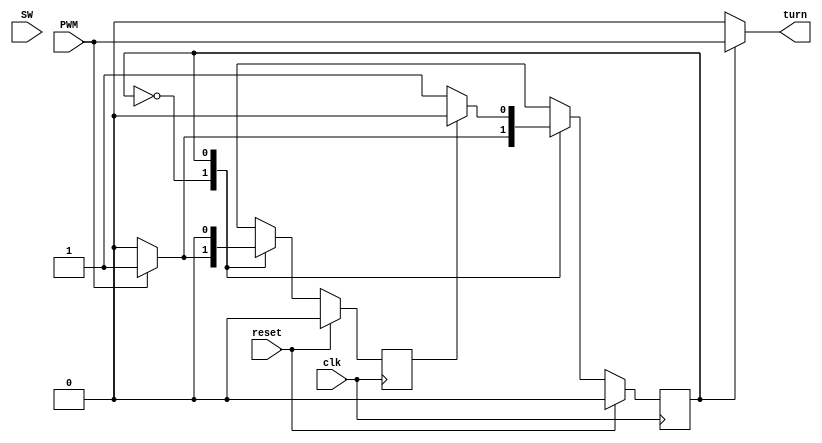
//This .v file is to handle the Servo motor task.
//SG90 datasheet: 50 HZ 
    //  Power:4.8-5 V.
/*
    0 degree : 1.5ms pulse.
    +90(Right): 2 ms
    -90(Left): -1 ms
*/

//1/50 = 0.02s = 20ms. so 2 ms means 2/20 = 1/10 duty cycle (10%)

module Servo(
    input wire clk,
    input wire reset,
    input [10-1:0]SW,
	input PWM,
    output turn //connect to signal.
);

parameter IDLE = 1'b0;
parameter MOVING = 1'b1;
reg state, next_state;
 reg has_moved=1'b0;
 reg next_has_moved;
always@(posedge clk)begin
    if(reset)begin
        state <= IDLE;
         has_moved <= 1'b0;
    end
    else begin 
        state <= next_state; 
         has_moved <= next_has_moved;
     end
end

always@(*)begin
//    if(SW != last_SW)begin
    case(state)
    IDLE: begin
        if(PWM)begin
            next_state = MOVING;
             next_has_moved = 1'b1;
        end
        else begin
            next_state = IDLE;
             next_has_moved = 1'b0;
        end
    end
    MOVING:begin
        if(has_moved== 1'b1)begin
            next_state = IDLE;
             next_has_moved = 1'b0;
        end
        else begin
            next_state = state;
             next_has_moved = has_moved;
        end
    end
    endcase
end

assign turn = (state==MOVING) ? PWM : 1'b0;

endmodule